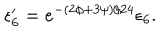
LaTeX: \epsilon _ { 6 } ^ { \prime } = e ^ { - ( 2 \phi + 3 \psi ) / 2 4 } \epsilon _ { 6 } .